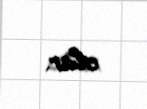
olar.